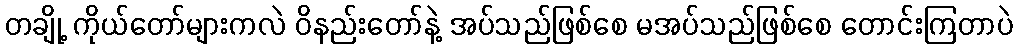
တချို့ ကိုယ်တော်များကလဲ ဝိနည်းတော်နဲ့ အပ်သည်ဖြစ်စေ မအပ်သည်ဖြစ်စေ တောင်းကြတာပဲ